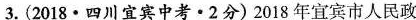
3.(2018 · 四川宜宾中考 · 2分)2018年宜宾市人民政